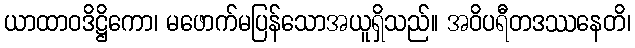
ယာထာဝဒိဋ္ဌိကော၊ မဖောက်မပြန်သောအယူရှိသည်။ အဝိပရီတဒဿနေတိ၊